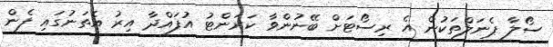
ސޯލާ ޕެނަލްތަކުން އެ ރިސޯޓަށް ބޭނުންވާ ކަރަންޓު އުފައްދާ އިރު އެތަނުގައި ފެން